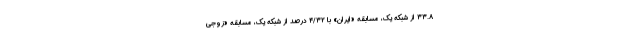
۳۳.۸ از شبکه یک، مسابقه «ایران» با ۴/۳۲ درصد از شبکه یک، مسابقه «زوجی